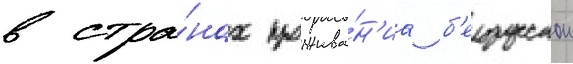
в стра́нах прожива́н'иа б'елорусскои